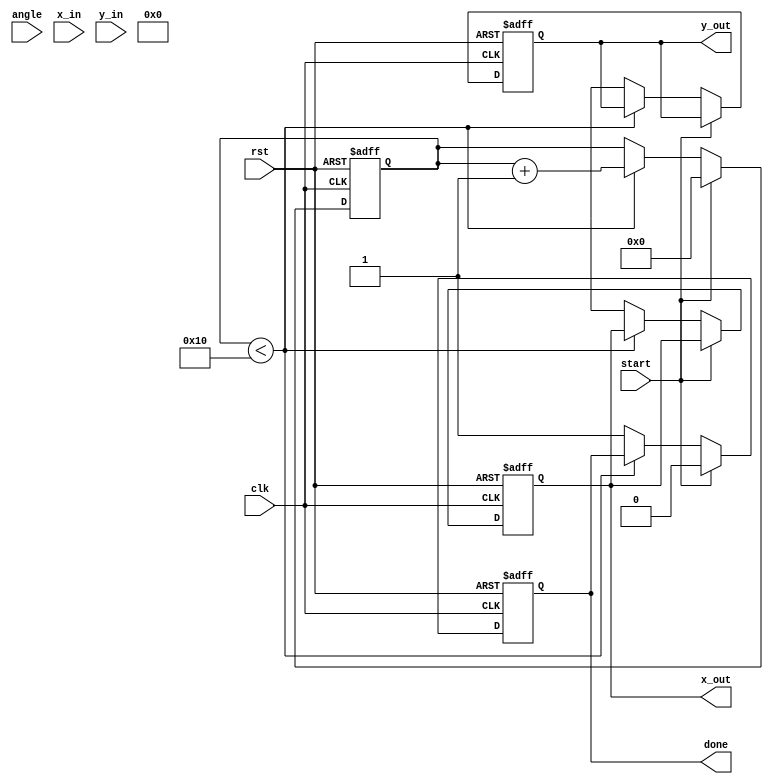
module cordic (
    input wire clk,
    input wire rst,
    input wire [15:0] angle, // Input angle in fixed-point representation
    input wire [15:0] x_in,  // Initial x vector
    input wire [15:0] y_in,  // Initial y vector
    input wire start,        // Start signal for computation
    output reg [15:0] x_out, // Output x vector after rotation
    output reg [15:0] y_out, // Output y vector after rotation
    output reg done          // Done signal
);

    // Parameters
    parameter NUM_ITER = 16; // Number of iterations
    parameter LUT_SIZE = 16;  // Size of LUT for atan values

    // LUT for arctangent values (fixed-point representation)
    reg [15:0] atan_lut [0:LUT_SIZE-1];

    // Scaling factor for CORDIC
    reg [15:0] scaling_factor = 16'h26DD; // Example scaling factor (1/K)

    // Internal registers
    reg [15:0] x [0:NUM_ITER-1];
    reg [15:0] y [0:NUM_ITER-1];
    reg [15:0] angle_reg;
    reg [3:0] iteration;
    reg direction;

    // Initialize LUT with pre-computed atan values
    initial begin
        atan_lut[0] = 16'h0000; // atan(0)
        atan_lut[1] = 16'h3243; // atan(1) = /4
        atan_lut[2] = 16'h1DAC; // atan(1/2)
        atan_lut[3] = 16'h1C71; // atan(1/4)
        atan_lut[4] = 16'h1A62; // atan(1/8)
        atan_lut[5] = 16'h186A; // atan(1/16)
        atan_lut[6] = 16'h1718; // atan(1/32)
        atan_lut[7] = 16'h162E; // atan(1/64)
        atan_lut[8] = 16'h1555; // atan(1/128)
        atan_lut[9] = 16'h149B; // atan(1/256)
        atan_lut[10] = 16'h1400; // atan(1/512)
        atan_lut[11] = 16'h1388; // atan(1/1024)
        atan_lut[12] = 16'h1314; // atan(1/2048)
        atan_lut[13] = 16'h12B6; // atan(1/4096)
        atan_lut[14] = 16'h126D; // atan(1/8192)
        atan_lut[15] = 16'h1238; // atan(1/16384)
    end

    // Control logic
    always @(posedge clk or posedge rst) begin
        if (rst) begin
            iteration <= 0;
            done <= 0;
            x_out <= 0;
            y_out <= 0;
        end else if (start) begin
            // Initialize inputs
            x[0] <= x_in;
            y[0] <= y_in;
            angle_reg <= angle;
            iteration <= 0;
            done <= 0;
        end else if (iteration < NUM_ITER) begin
            // Determine direction based on angle
            if (angle_reg >= 0) begin
                direction <= 1; // Counterclockwise
                angle_reg <= angle_reg - atan_lut[iteration];
            end else begin
                direction <= 0; // Clockwise
                angle_reg <= angle_reg + atan_lut[iteration];
            end

            // Perform rotation
            if (direction) begin
                x[iteration + 1] <= x[iteration] - (y[iteration] >> iteration);
                y[iteration + 1] <= y[iteration] + (x[iteration] >> iteration);
            end else begin
                x[iteration + 1] <= x[iteration] + (y[iteration] >> iteration);
                y[iteration + 1] <= y[iteration] - (x[iteration] >> iteration);
            end

            iteration <= iteration + 1;
        end else begin
            // Apply scaling factor
            x_out <= (x[NUM_ITER] * scaling_factor) >> 15; // Adjust scaling
            y_out <= (y[NUM_ITER] * scaling_factor) >> 15; // Adjust scaling
            done <= 1; // Indicate completion
        end
    end
endmodule